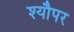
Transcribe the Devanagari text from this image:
श्यौपर